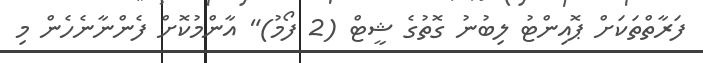
ފަރާތްތަކަށް ޕޮއިންޓު ލިބުނު ގޮތުގެ ޝީޓް (2 ފޯމު)" އާންމުކޮށް ފެންނާނެހެން މި